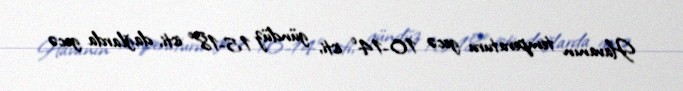
Havanın temperaturu gecə 10-14° isti, gündüz 15-18° isti, dağlarda gecə